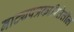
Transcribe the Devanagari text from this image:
नाट्यपत्रकारितेतील